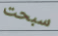
سبحت